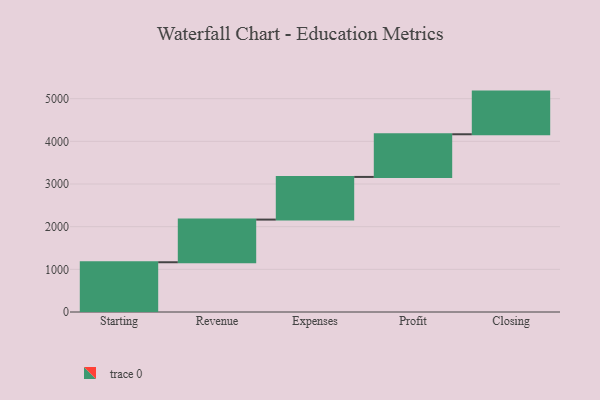
{"axis": {"x": "Step", "y": "Value"}, "legend": [""], "data": [{"x": "Starting", "y": 1166.0, "type": ""}, {"x": "Revenue", "y": 1000, "type": ""}, {"x": "Expenses", "y": 1000, "type": ""}, {"x": "Profit", "y": 1000, "type": ""}, {"x": "Closing", "y": 1000, "type": ""}]}